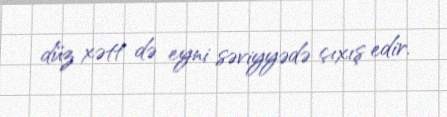
düz xətt də eyni səviyyədə çıxış edir.